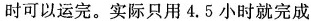
时可以运完。实际只用4.5小时就完成